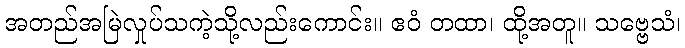
အတည်အမြဲလှုပ်သကဲ့သို့လည်းကောင်း။ ဧဝံ တထာ၊ ထို့အတူ။ သဗ္ဗေသံ၊